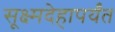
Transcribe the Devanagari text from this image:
सूक्ष्मदेहापर्यंत